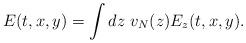
LaTeX: \begin{align*} E(t, x, y) &= \int dz\ v_N(z) E_z(t, x, y).\end{align*}